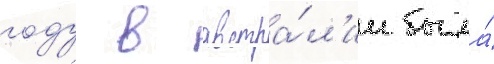
году в австра́л'ии была́